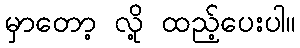
မှာတော့ လို့ ထည့်ပေးပါ။